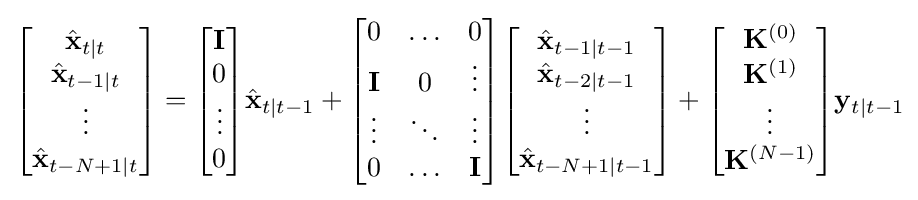
{\begin{bmatrix}{\hat {\mathbf {x} }}_{t\mid t}\\{\hat {\mathbf {x} }}_{t-1\mid t}\\\vdots \\{\hat {\mathbf {x} }}_{t-N+1\mid t}\\\end{bmatrix}}={\begin{bmatrix}\mathbf {I} \\0\\\vdots \\0\\\end{bmatrix}}{\hat {\mathbf {x} }}_{t\mid t-1}+{\begin{bmatrix}0&\ldots &0\\\mathbf {I} &0&\vdots \\\vdots &\ddots &\vdots \\0&\ldots &\mathbf {I} \\\end{bmatrix}}{\begin{bmatrix}{\hat {\mathbf {x} }}_{t-1\mid t-1}\\{\hat {\mathbf {x} }}_{t-2\mid t-1}\\\vdots \\{\hat {\mathbf {x} }}_{t-N+1\mid t-1}\\\end{bmatrix}}+{\begin{bmatrix}\mathbf {K} ^{(0)}\\\mathbf {K} ^{(1)}\\\vdots \\\mathbf {K} ^{(N-1)}\\\end{bmatrix}}\mathbf {y} _{t\mid t-1}